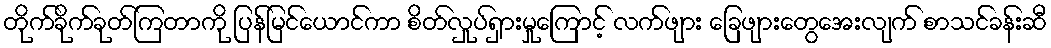
တိုက်ခိုက်ခုတ်ကြတာကို ပြန်မြင်ယောင်ကာ စိတ်လှုပ်ရှားမှုကြောင့် လက်ဖျား ခြေဖျားတွေအေးလျက် စာသင်ခန်းဆီ